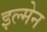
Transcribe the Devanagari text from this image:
इल्मेन